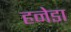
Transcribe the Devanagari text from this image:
हनेडा